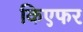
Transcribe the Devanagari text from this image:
किएफर